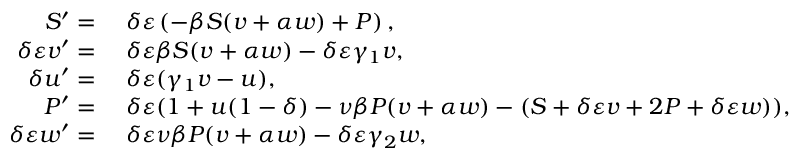
\begin{array} { r l } { S ^ { \prime } = } & { { } \; \delta \varepsilon \left( - \beta S ( v + \alpha w ) + P \right) , } \\ { \delta \varepsilon v ^ { \prime } = } & { { } \; \delta \varepsilon \beta S ( v + \alpha w ) - \delta \varepsilon \gamma _ { 1 } v , } \\ { \delta u ^ { \prime } = } & { { } \; \delta \varepsilon ( \gamma _ { 1 } v - u ) , } \\ { P ^ { \prime } = } & { { } \; \delta \varepsilon ( 1 + u ( 1 - \delta ) - \nu \beta P ( v + \alpha w ) - ( S + \delta \varepsilon v + 2 P + \delta \varepsilon w ) ) , } \\ { \delta \varepsilon w ^ { \prime } = } & { { } \; \delta \varepsilon \nu \beta P ( v + \alpha w ) - \delta \varepsilon \gamma _ { 2 } w , } \end{array}